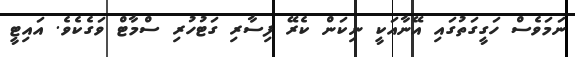
ނަމަވެސް ހަގީގަތުގައި އޭނާއަކީ ނިކަން ކެރޭ ފިސާރި ގަޓުހުރި ސްމާޓް ވަގެކެވެ. އައިޓީ